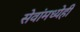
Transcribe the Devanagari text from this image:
सेवांमध्येही